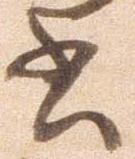
書